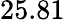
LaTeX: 25.81